Vaccination in Bombay 1874-1876 - 1874-1876
Year: 1874
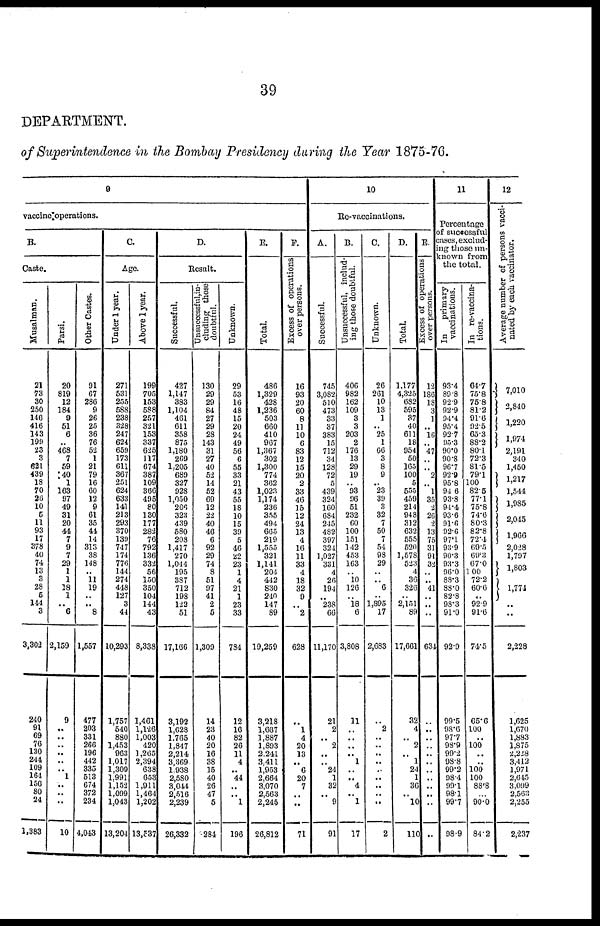
39
DEPARTMENT.
of Superintendence in the Bombay Presidency during the Year 1875-76.
9
vaccine operations.
B.
Caste.
Musalman.
21
73
30
250
146
416
143
199
23
3
621
439
18
70
26
10
5
11
93
17
378
40
74
13
3
28
5
114
3
3,302
240
91
69
76
130
244
109
164
156
80
24
1,383
Parsi.
20
819
12
184
9
51
6
.. 468
7
59
40 1
163
97
49
31
20
44
7
9
7
29
1
1
18
1
.. 6
2,159
9
..
..
..
..
..
.. 1
..
..
..
10
Other Castes.
91
67
286
9
26
25
36
76
52
1
21
79
16
60
12
9
61
35
44
14
313
38
148
.. 11
19
.. .. 8
1,557
477
203
331
266
196
442
335
513
674
372
234
4,043
C.
Age.
Under 1 year.
271
531
255
588
238
328
247
624
659
173
611
367
251
624
633
141
213
293
370
139
747
174
776
144
274
448
127
3
44
10,293
1,757
540
880
1,453
963
1,017
1,309
1,991
1,152
1,099
1,043
13,204
Above 1 year.
199
705
153
588
257
321
153
337
625
117
674
387
109
366
495
80
130
177
282
76
792
136
332
56
150
350
104
144
43
8,338
1,461
1,126
1,003
420
1,265
2,394
638
653
1,911
1,464
1,202
13,537
D.
Result.
Successful.
427
1,147
383
1,104
461
611
358
875
1,180
269
1,205
689
327
928
1,050
206
323
439
580
208
1,417
270
1,044
195
387
712
198
122
51
17,166
3,192
1,628
1,765
1,847
2,214
3,369
1,938
2,580
3,044
2,516
2,239
26,332
Unsuccessful,in-
cluding those
doubtful.
130
29
29
84
27
29
28
143
31
27
40
52
14
52
69
12
22
40
46
6
92
29
74
8
51
97
41
2
5
1,309
14
23
40
20
16
38
15
40
26
47
5
284
Unknown.
29
53
16
48
15
20
24
49
56
6
55
33
21
43
55
18
10
15
30
5
46
22
23
1
4
21
1
23
33
784
12
16
82
26
11
4
.. 44
..
.. 1
196
E.
Total.
486
1,329
428
1,236
503
660
410
967
1,367
302
1,300
774
362
1,023
1,174
236
355
494
665
219
1,555
321
1,141
204
442
830
240
147
89
19,259
3,218
1,667
1,887
1,893
2,241
3,411
1,953
2,664
3,070
2,563
2,245
26,812
F.
Excess of operations
over persons.
16
93
20
60
8
11
10
6
83
12
15
20
2
33
46
15
12
24
13
4
16
11
33
4
18
32
9
.. 2
628
..
1
4
20
13
.. 6
20
7
..
..
71
10
Re-vaccinations.
A.
Successful.
745
3,082
510
473
33
37
383
15
712
34
128
72
5
439
324
160
684
245
482
397
324
1,027
331
4
26
194
.. 238
66
11,170
21
2
.. 2
..
.. 24
1
32
.. 9
91
B.
Unsuccessful, includ-
ing those doubtful.
406
982
162
109
3
3
203
2
176
13
29
19
.. 93
96
51
232
60
100
151
142
453
163
.. 10
126
.. 18
6
3,808
11
..
.. ..
.. 1
.. .. 4
.. 1
17
C.
Unknown.
26
261
10
13
1
.. 25
1
66
3
8
9
.. 23
39
3
32
7
50
7
54
98
29
..
.. 6
.. 1,895
17
2,683
..
2
..
.. ..
..
..
..
.. ..
..
2
D.
Total.
1,177
4,325
682
595
37
40
611
18
954
50
165
100
5
555
459
214
948
312
632
555
520
1,578
523
4
36
326
.. 2,151
89
17,661
32
4
.. 2
.. 1
24
1
36
.. 10
110
E.
Excess of operations
over persons.
12
186
18
3
1
.. 16
.. 47
..
.. 2
.. 1
35
2
26
2
13
75
31
91
32
..
.. 41
..
..
..
634
..
..
..
..
..
..
..
..
.. ..
..
..
11
Percentage
of successful
cases, exclud-
ing those un-
known from
the total.
In
primary
vaccinations.
93.4
89.8
92.9
92.9
94.4
95.4
92.7
95.3
90.0
90.8
96.7
92.9
95.8
94.6
93.8
94.4
93.6
91.6
92.6
97.1
93.9
90.3
93.3
96.0
88.3
88.0
82.8
98.3
91.0
92.9
99.5
98.6
97.7
98.9
99.2
98.8
99.2
98.4
99.1
98.1
99.7
98.9
In re-vaccina-
tions.
64.7
75.8
75.8
81.2
91.6
92.5
65.3
88.2
80.1
72.3
81.5
79.1
100
82.5
77.1
75.8
74.6
80.3
82.8
72.4
60.5
69.3
67.0
100
72.2
60.6
..
92.9
91.6
74.5
65.6
100
.. 100
..
.. 100
100
88.8
.. 90.0
84.2
12
Average number of persons vacci-
nated by each vaccinator.
7,010
2,840
1,220
1,974
2,191
340
1,450
1,217
1,544
1,985
2,045
1,966
2,028
1,797
1,803
1,774
.. ..
2,228
1,625
1,670
1,883
1,875
2,228
3,412
1,971
2,645
3,099
2,563
2,255
2,237